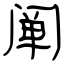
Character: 阐